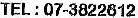
TEL : 07-3822612